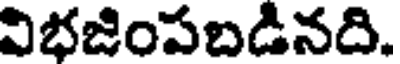
విభజింపబడినది.